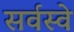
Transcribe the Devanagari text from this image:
सर्वस्वे